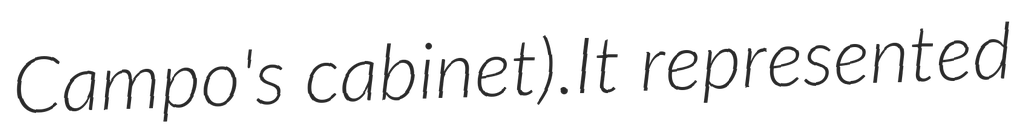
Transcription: Campo's cabinet).It represented